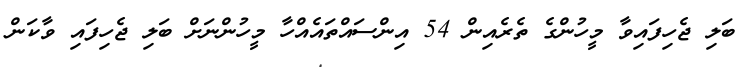
ބަލި ޖެހިފައިވާ މީހުންގެ ތެރެއިން 54 އިންސައްތައެއްހާ މީހުންނަށް ބަލި ޖެހިފައި ވާކަން